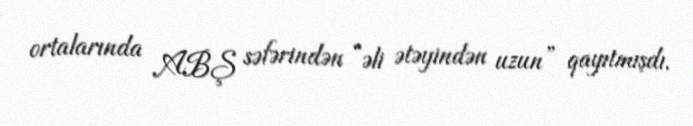
ortalarında ABŞ səfərindən “əli ətəyindən uzun” qayıtmışdı.